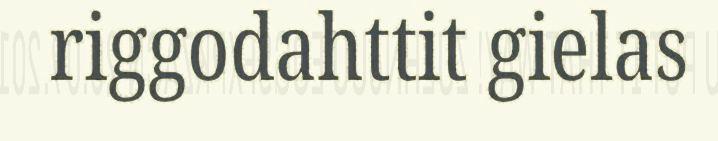
riggodahttit gielas